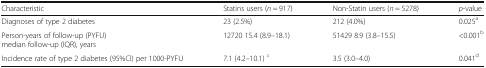
<table><thead><tr><td><b>Characteristic</b></td><td><b>Statins users (<i>n</i> = 917)</b></td><td><b>Non-Statin users (<i>n</i> = 5278)</b></td><td><b><i>p</i>-value</b></td></tr></thead><tbody><tr><td>Diagnoses of type 2 diabetes</td><td>23 (2.5%)</td><td>212 (4.0%)</td><td>0.025<sup>a</sup></td></tr><tr><td>Person-years of follow-up (PYFU)median follow-up (IQR), years</td><td>12720 15.4 (8.9–18.1)</td><td>51429 8.9 (3.8–15.5)</td><td>&lt;0.001<sup>b</sup></td></tr><tr><td>Incidence rate of type 2 diabetes (95%CI) per 1000-PYFU</td><td>7.1 (4.2–10.1) <sup>c</sup></td><td>3.5 (3.0–4.0)</td><td>0.041<sup>d</sup></td></tr></tbody></table>